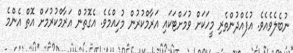
ނުބެލެވެއެވެ. އުފެއްދުންތެރި މީހަކަށް ވުމަށްޓަކައި އަރާމްކުރުން މުހިއްމެވެ. އެގޮތުން އަރާމްކުރުމަށް އޮތް އެންމެ